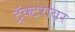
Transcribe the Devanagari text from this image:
ट्रॅक्टरावर